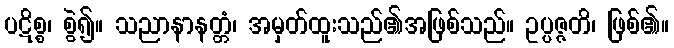
ပဋိစ္စ၊ စွဲ၍။ သညာနာနတ္တံ၊ အမှတ်ထူးသည်၏အဖြစ်သည်။ ဥပ္ပဇ္ဇတိ၊ ဖြစ်၏။